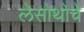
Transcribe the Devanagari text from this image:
लेसोथोचे